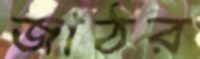
জাঠর